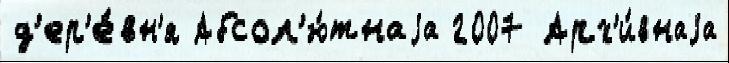
д'ер'е́вн'я Абсол'ю́тнаjа 2007 Арх'и́внаjа